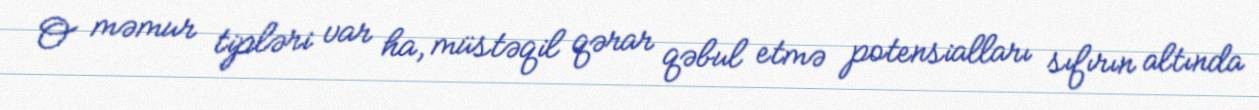
O məmur tipləri var ha, müstəqil qərar qəbul etmə potensialları sıfırın altında